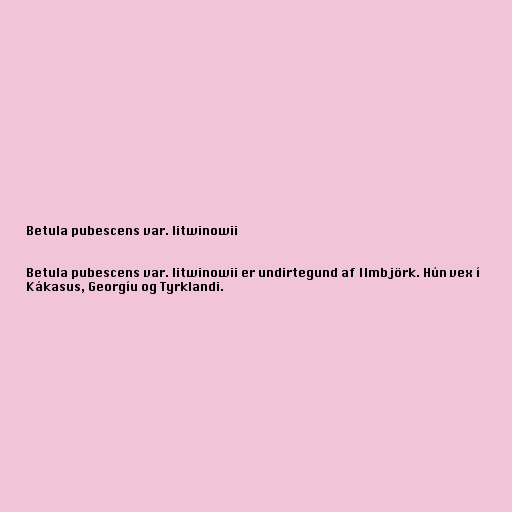
Betula pubescens var. litwinowii

Betula pubescens var. litwinowii er undirtegund af Ilmbjörk. Hún vex í
Kákasus, Georgíu og Tyrklandi.